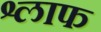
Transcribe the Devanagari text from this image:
श्लाफ